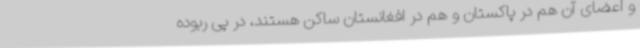
و اعضای آن هم در پاکستان و هم در افغانستان ساکن هستند، در پی ربوده